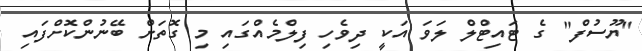
"ޔޫސުފް" ގެ ޓައިޓްލް ލަވަ އަކީ ދިވެހި ފިލްމެއްގައި މި ގޮތަށް ބޭނުންކޮށްފައި